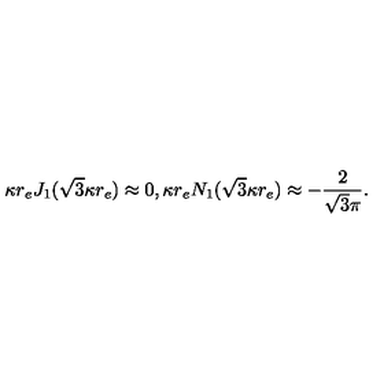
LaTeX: \kappa r _ { e } J _ { 1 } ( \sqrt { 3 } \kappa r _ { e } ) \approx 0 , \kappa r _ { e } N _ { 1 } ( \sqrt { 3 } \kappa r _ { e } ) \approx - \frac { 2 } { \sqrt { 3 } \pi } .